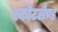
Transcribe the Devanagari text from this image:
स्कोटलैण्ड